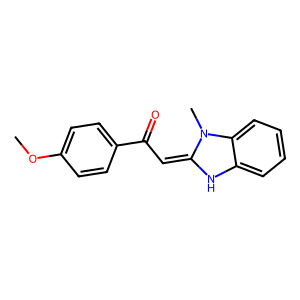
SMILES: COc1ccc(C(=O)C=C2Nc3ccccc3N2C)cc1
Inhibits HIV replication: No